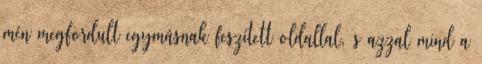
mén megfordult egymásnak feszített oldallal, s azzal mind a